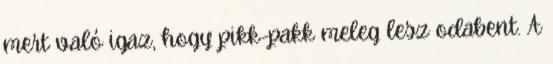
mert való igaz, hogy pikk-pakk meleg lesz odabent. A